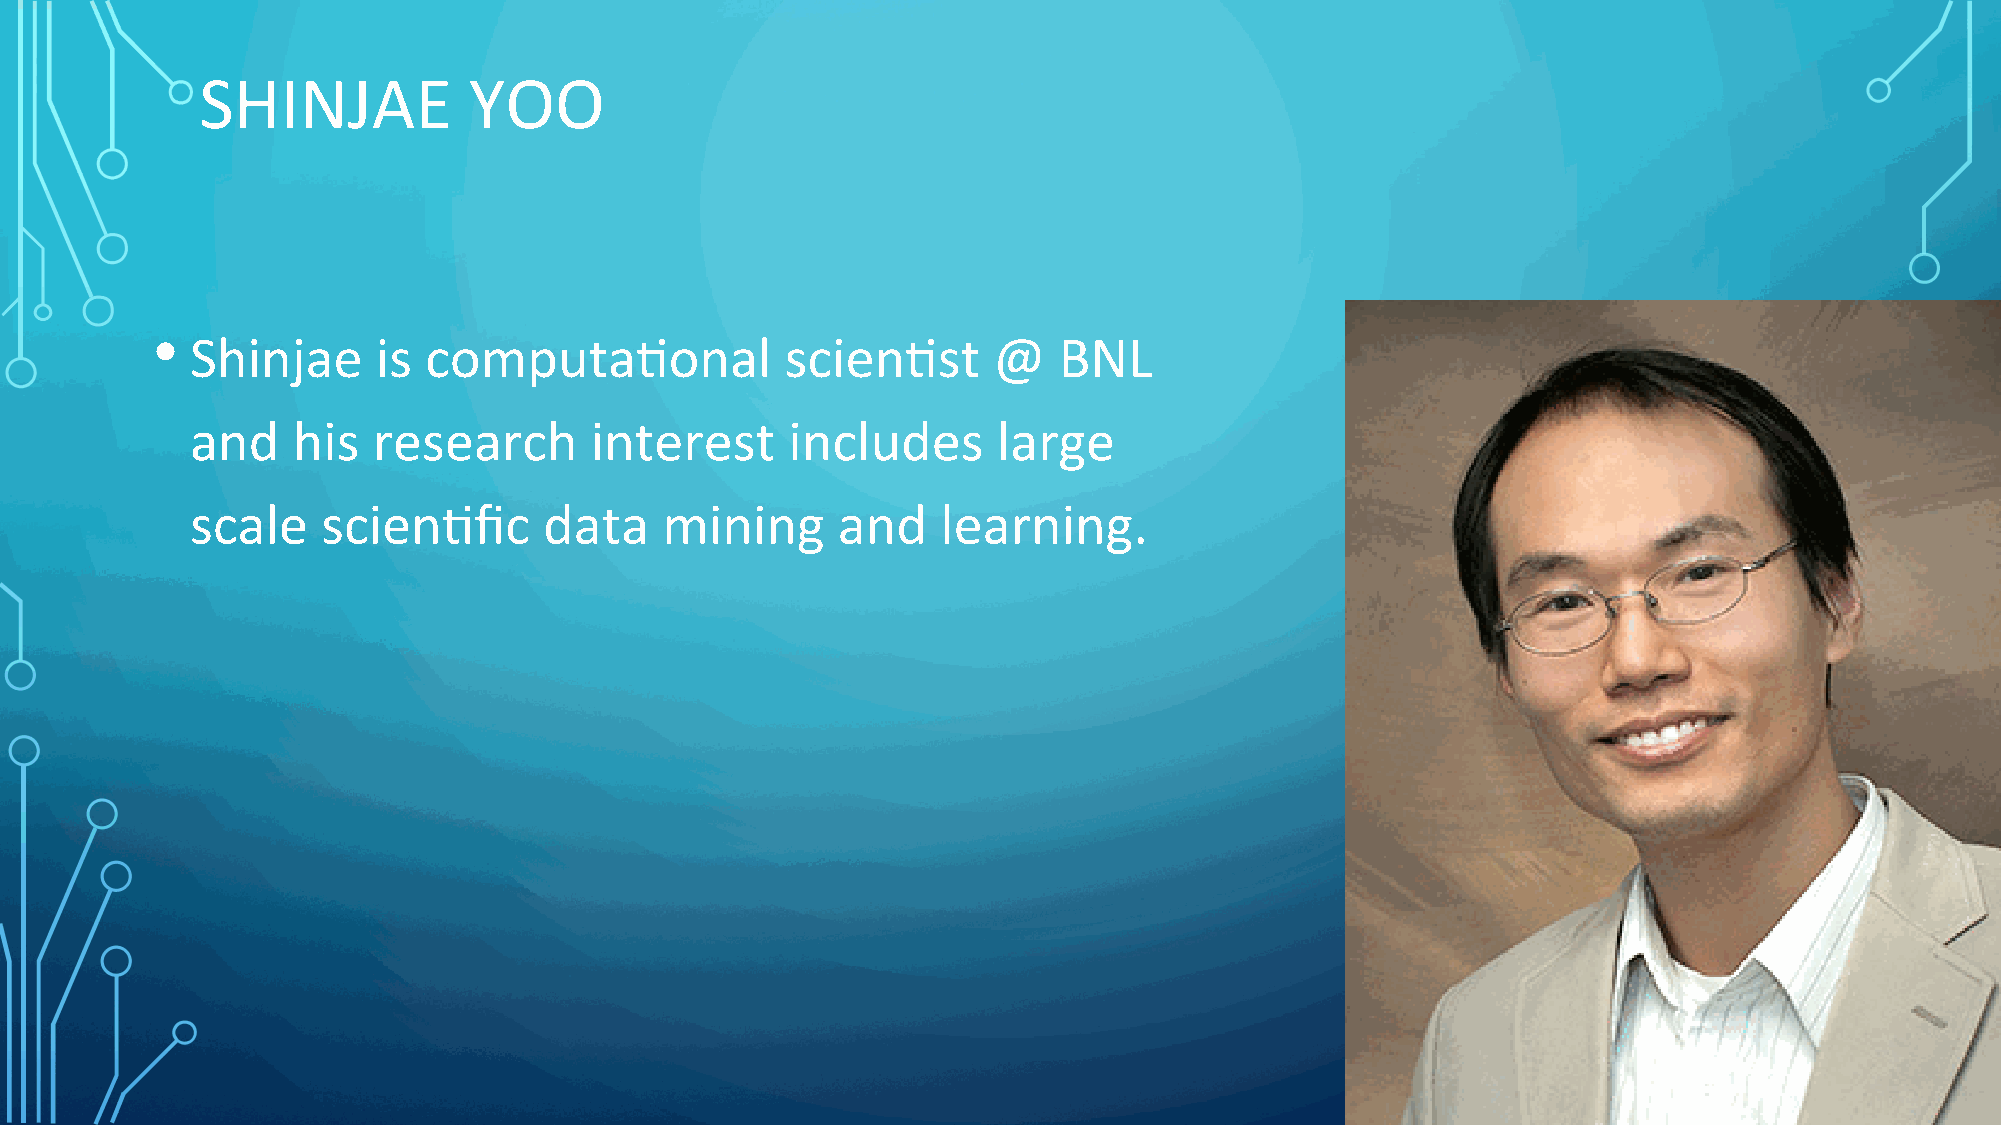
SHINJAE           YOO
 •
 Shinjae     is computaSonal            scienSst      @   BNL
 and   his   research      interest     includes      large
 scale   scienSfic      data    mining     and    learning.